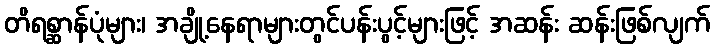
တိရစ္ဆာန်ပုံများ၊ အချို့နေရာများတွင်ပန်းပွင့်များဖြင့် အဆန်း ဆန်းဖြစ်လျက်